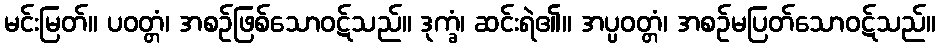
မင်းမြတ်။ ပဝတ္တံ၊ အစဉ်ဖြစ်သောဝဋ်သည်။ ဒုက္ခံ၊ ဆင်းရဲ၏။ အပ္ပဝတ္တံ၊ အစဉ်မပြတ်သောဝဋ်သည်။